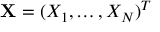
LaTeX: \mathbf { X } = ( X _ { 1 } , \ldots , X _ { N } ) ^ { T }